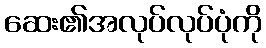
ဆေး၏အလုပ်လုပ်ပုံကို